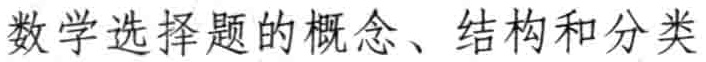
数学选择题的概念、结构和分类